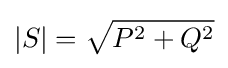
|S|={\sqrt {P^{2}+Q^{2}}}